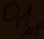
Text: 0,1µF